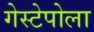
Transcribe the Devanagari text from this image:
गेस्टेपोला